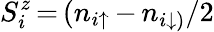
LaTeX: S_{i}^{z}\, {=}\, (n_{i\uparrow}\, {-}\, n_{i\downarrow)}/2